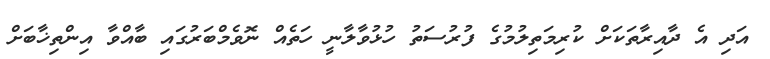
އަދި އެ ދާއިރާތަކަށް ކުރިމަތިލުމުގެ ފުރުސަތު ހުޅުވާލާނީ ހަތެއް ނޮވެމްބަރުގައި ބާއްވާ އިންތިޚާބަށް